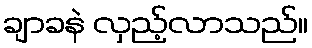
ချာခနဲ လှည့်လာသည်။